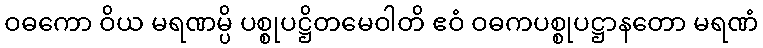
ဝဓကော ဝိယ မရဏမ္ပိ ပစ္စုပဋ္ဌိတမေဝါတိ ဧဝံ ဝဓကပစ္စုပဋ္ဌာနတော မရဏံ